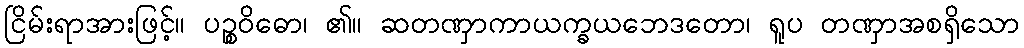
ငြိမ်းရာအားဖြင့်။ ပဉ္စဝိဓော၊ ၏။ ဆတဏှာကာယက္ခယဘေဒတော၊ ရူပ တဏှာအစရှိသော